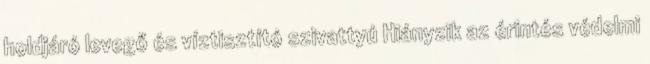
holdjáró levegő és víztisztító szivattyú Hiányzik az érintés védelmi